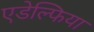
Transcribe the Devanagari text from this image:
एडेल्फिया